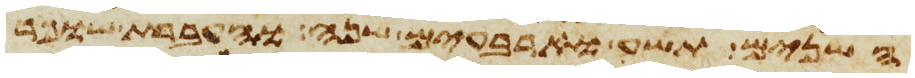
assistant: השנים תשע וארבעים שנה והעברת שופר